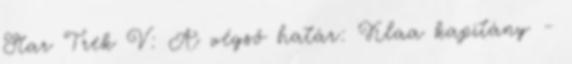
Star Trek V: A végső határ: Klaa kapitány -